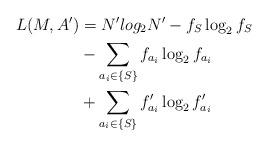
LaTeX: \begin{align*} L(M,A') &= N' log_2 N' - f_S \log_2 f_S \\&-\sum_{a_i \in \{S\}} f_{a_i} \log_2 f_{a_i}\\&+ \sum_{a_i \in \{S\}} f'_{a_i} \log_2 f'_{a_i}\end{align*}